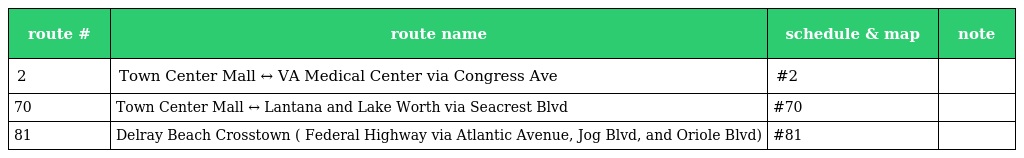
| route # | route name | schedule & map | note |
 | --- | --- | --- | --- |
 | 2 | Town Center Mall ↔ VA Medical Center via Congress Ave | #2 |  |
 | 70 | Town Center Mall ↔ Lantana and Lake Worth via Seacrest Blvd | #70 |  |
 | 81 | Delray Beach Crosstown ( Federal Highway via Atlantic Avenue, Jog Blvd, and Oriole Blvd) | #81 |  |